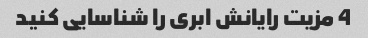
4 مزیت رایانش ابری را شناسایی کنید